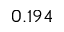
0 . 1 9 4